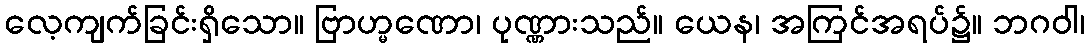
လေ့ကျက်ခြင်းရှိသော။ ဗြာဟ္မဏော၊ ပုဏ္ဏားသည်။ ယေန၊ အကြင်အရပ်၌။ ဘဂဝါ၊